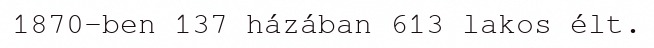
1870-ben 137 házában 613 lakos élt.